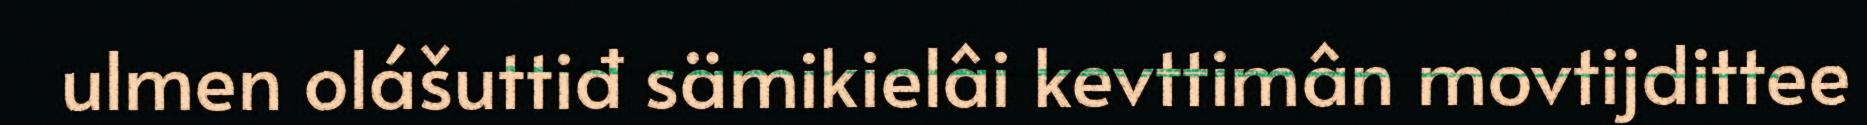
ulmen olášuttiđ sämikielâi kevttimân movtijdittee